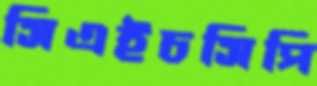
সিএইচসিপি